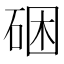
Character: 硱